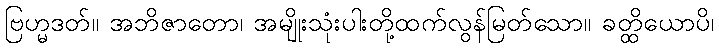
ဗြဟ္မဒတ်။ အဘိဇာတော၊ အမျိုးသုံးပါးတို့ထက်လွန်မြတ်သော။ ခတ္ထိယောပိ၊